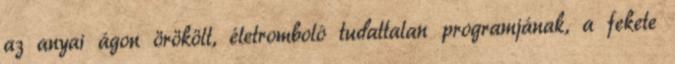
az anyai ágon örökölt, életromboló tudattalan programjának, a fekete